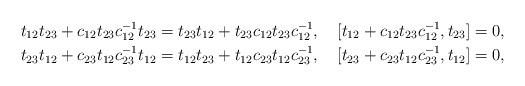
LaTeX: \begin{align*} t_{12}t_{23}+c_{12}t_{23}c^{-1}_{12}t_{23} &=t_{23}t_{12}+t_{23}c_{12}t_{23}c^{-1}_{12},\quad[t_{12}+c_{12}t_{23}c^{-1}_{12},t_{23}]=0,\\ t_{23}t_{12}+c_{23}t_{12}c^{-1}_{23}t_{12} &=t_{12}t_{23}+t_{12}c_{23}t_{12}c^{-1}_{23},\quad[t_{23}+c_{23}t_{12}c^{-1}_{23},t_{12}]=0,\end{align*}